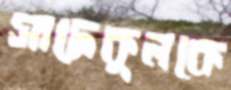
সাদেকুলকে